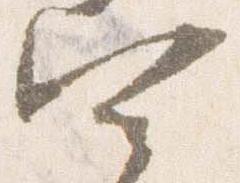
四